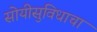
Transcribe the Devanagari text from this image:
सोयीसुविधाचा